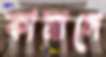
কামালে